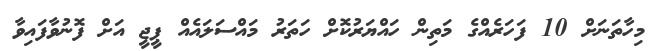
މިހާތަނަށް 10 ފަހަރެއްގެ މަތިން ހައްޔަރުކޮށް ހަތަރު މައްސަލައެއް ޕީޖީ އަށް ފޮނުވާފައިވާ